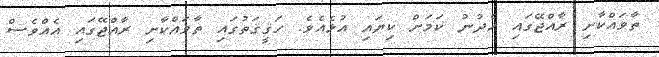
ތާވައްކާށި ރާއްޖޭގައި ހެދުނު ކަމަށް ކިޔައި އުޅެއެވެ. ހަޤީޤަތުގައި ތާވައްކާށި ރާއްޖޭގައި އެއްވެސް